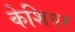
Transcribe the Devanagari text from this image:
केशियर